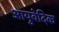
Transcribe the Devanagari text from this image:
आयुवेदिेक